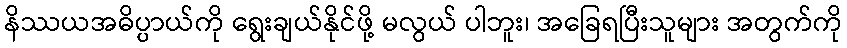
နိဿယအဓိပ္ပာယ်ကို ရွေးချယ်နိုင်ဖို့ မလွယ် ပါဘူး၊ အခြေရပြီးသူများ အတွက်ကို